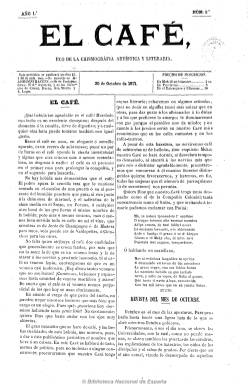
Título: El Café (Madrid)
Colección: Literatura || Espectáculos
Ámbito geográfico: Madrid
Lugar de publicación: Madrid
Fechas: 30/10/1871-25/03/1872

Con el subtítulo “eco de la chismografía artística y literaria” aparece esta revista madrileña el 30 de octubre de 1871, primero los días 15 y 30 de cada mes, en entregas de ocho páginas, y al comenzar 1872 cada lunes, reduciéndolas a cuatro, y siempre compuestas a dos columnas y carentes de cualquier grabado. En su artículo de presentación se referirá a la elección de su título, señalando que “no hay bebida más democrática que el café”, y añadiendo que “hablará de todo, menos de política, para no molestar a ningún concurrente; procuraremos que nuestro Café tenga aroma literario”, servido más económico (al indicar la baratura de su suscripción) que el de los cafés cantantes o los cafés-teatros.

En un tono entre desenfadado y sarcástico y de crítica cultural y de costumbres, publicará una Revista o crónica, con periodicidad quincenal o mensual, en la que ofrecerá breves retazos de la vida artística, literaria, cultural o social; otra sección bajo el epígrafe Crítica teatral, referida a los estrenos, así como la titulada Hablillas, en don da noticias breves de la actividad de los salones de espectáculos o de instituciones culturales, como la Real Academia, la Universidad o la Biblioteca Nacional; además de otros textos de creación literaria, tanto en prosa como en verso, de aroma aún romántico; y leyendas, pensamientos, charadas, enigmas o epigramas.

En sus páginas aparecen las firmas de José González Tejada (quizá su editor o director), Antonio Corzo Barrera, Enrique Príncipe, Gaspar Bono Serrano, Arturo G. Santivañes, Antonio F. Grillo, Miguel Agustín Príncipe o Gazenole de Tuldonne, que debe corresponder a un seudónimo. Dadas las afiliaciones conservadoras de sus principales autores, el sarcasmo usado en sus textos no debió pasar inadvertido en pleno periodo democrático.

Pero su vida fue corta, pues al publicar su número 16, de 25 de marzo de 1872, anuncia que se refunde con El heraldo de las artes, que no es otro que una revista de las mismas características culturales ya artísticas cuyo título –El heraldo de las artes, de las letras y de los espectáculos- había aparecido también en octubre del año anterior, pero que desaparecerá un mes después.